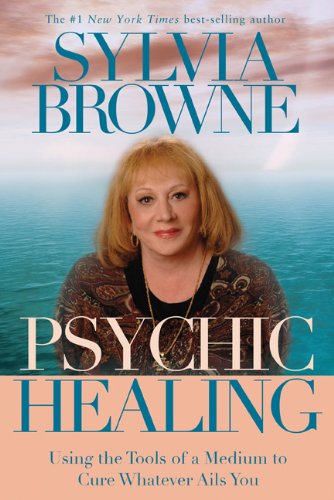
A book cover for Psychic Healing: Using the Tools of a Medium to Cure Whatever Ails You; Sylvia Browne; Health, Fitness & Dieting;